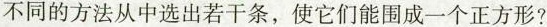
不同的方法从中选出若干条，使它们能围成一个正方形？